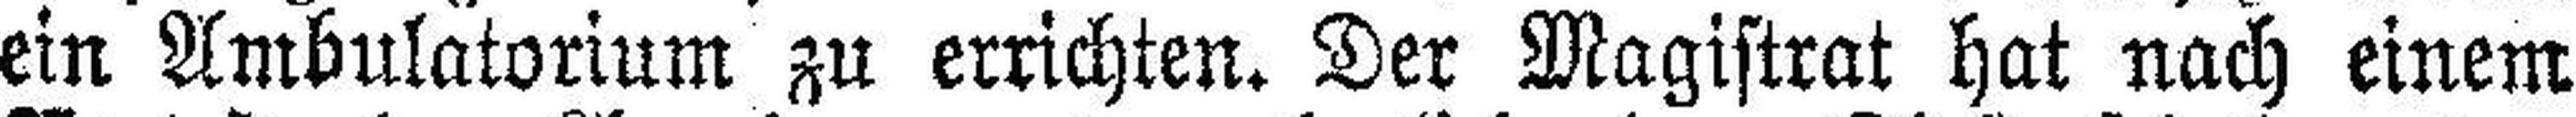
ein Ambulatorium zu errichten. Der Magistrat hat nach einem